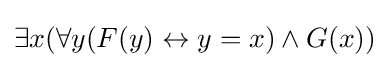
\exists x(\forall y(F(y)\leftrightarrow y=x)\land G(x))